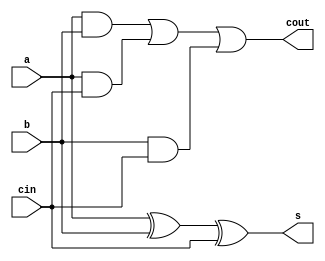
module full_adder(a,b,cin,s,cout);

  input a,b,cin;       // declaration of the list of inputs
  output s, cout;      // declaration of the list of outputs

  assign s = a ^ b ^ cin;
  assign cout = (a & b) | (a & cin) | (b & cin);

endmodule